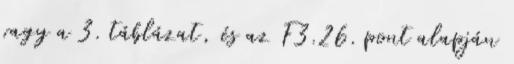
vagy a 3. táblázat, és az F3.26. pont alapján